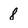
Character: 8